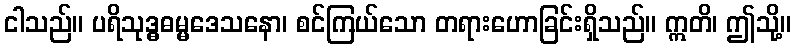
ငါသည်။ ပရိသုဒ္ဓဓမ္မဒေသနော၊ စင်ကြယ်သော တရားဟောခြင်းရှိသည်။ ဣတိ၊ ဤသို့။